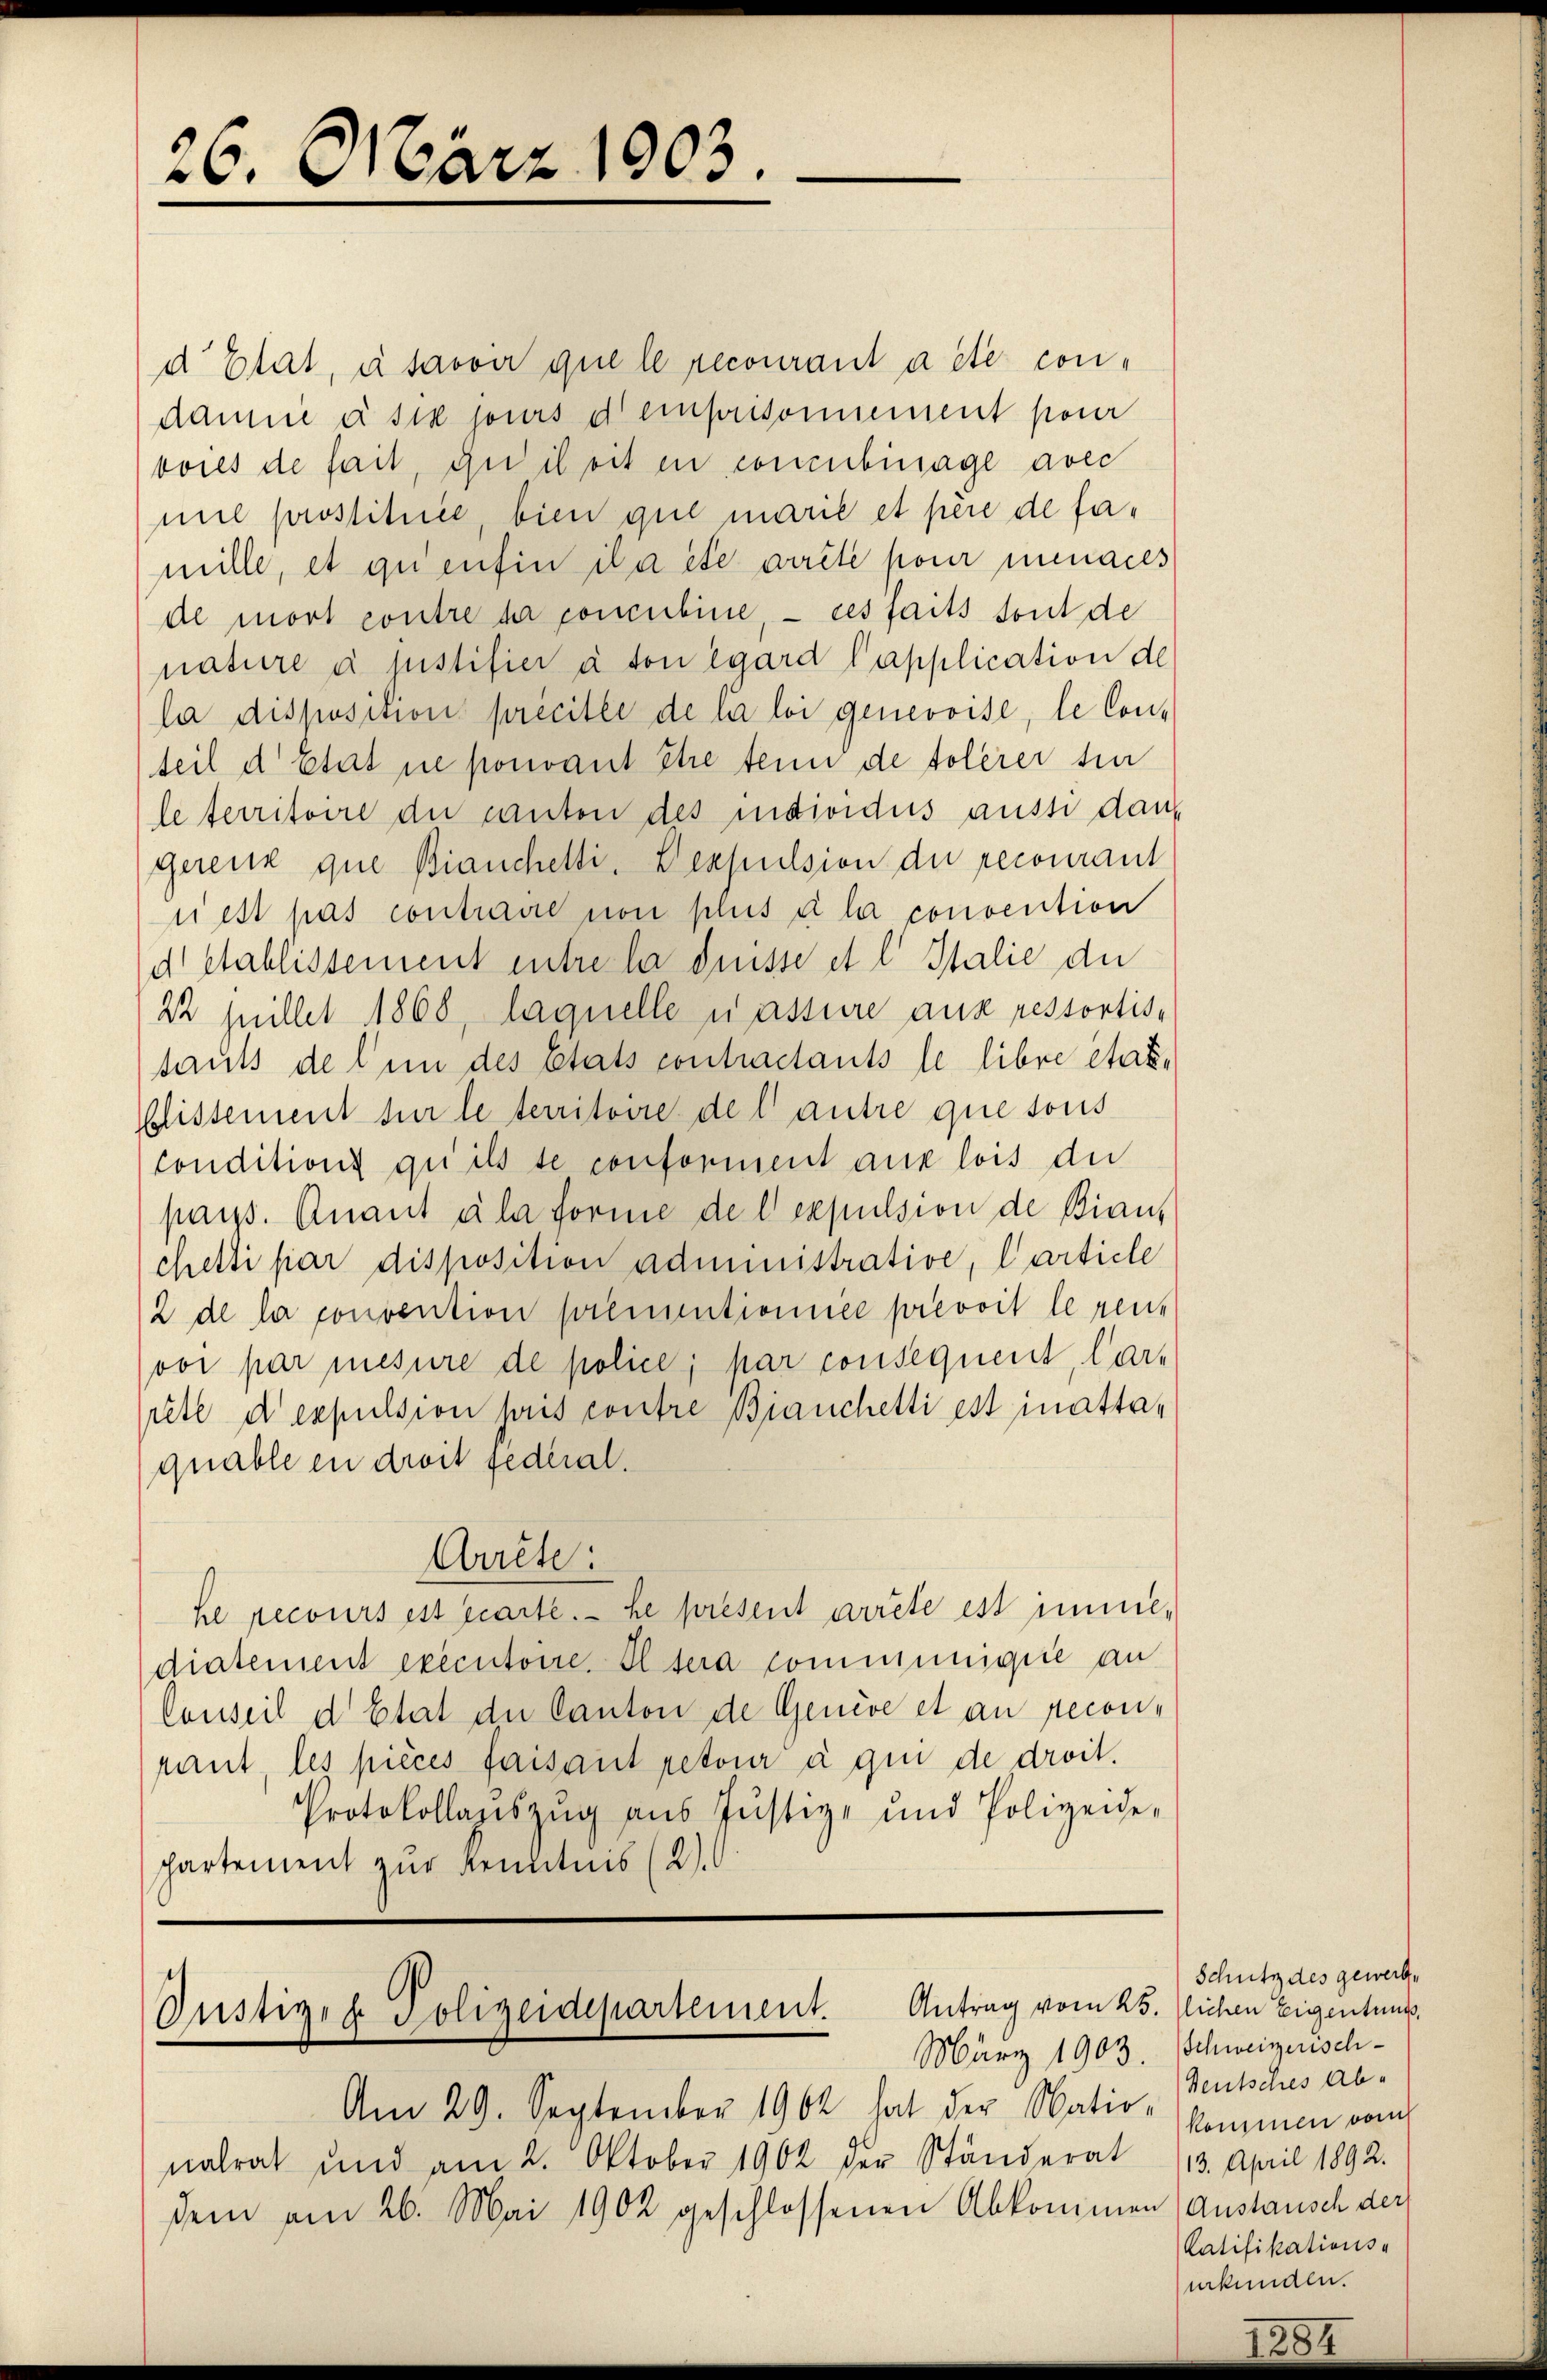
26. März 1903.

d Etat, à savoir que le recourant a été con-
damne à six jours d’emprisonnement pour
boies de fait, du iheit en concubinage avec
mit prostituice, bien que marié et père de famille, et quentin ila etc arrête pour menaces
de mort contre de concubine, – ces faits sont de
nature à justifier à son égard Capplication de
la disposition précitée de la loi genevoise, le Conteil d état ne pouvant Ehre tein de tolerer für
le territoire die canton des individus ausse dan
gerenz que Bianchelti, Verpulsion der recourant
iest pas contraire non plus à la convention
d Etablissement entre la disse et l Italie der
22 juillet 1868, laquelle nassure aus ressortise
tauts de l’un des Etats contractants le libre état.
blissement sur le territoire del antre que sons
conditions qui ils se conforment aux lois die
pass. Anant ala forme del expulsion de Bianchetti par disposition administrative, Carticle
2 de la convention prementionnée prevoit le renovi par mesure de police, par consequent, lar-
retl d expulsion pris contre Bianchetti est inattaquable in droit federal.
Arrête:
he recours est écarte. — Le présent arrête est imme,
diatement executoire. Il sera communiquie an
Conseil d Etat der Canton de Genève et an reconpant, les pièces faisant retour à qui de droit.
Protokollanszŭg aŭs Justiz- und Polizeide-
partement zur Kenntnis (2).

Justizen Polizeidepartement. Antrag vom 25. lihen Eigentums.
März 1903.

Am 29. September 1904 hat der Natio, Deutsches ab-
nalrat und am 2. Oktober 1902 der Ständerat
dem am 26. Mai 1902 geschlossenen Abkommen Anstausch der

Schutz des gewerbe
Schweizerisch-
kommen von
13. April 1892.
Ratifikations-
urkunden.